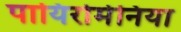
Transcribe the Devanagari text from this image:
पायिरोमेनिया